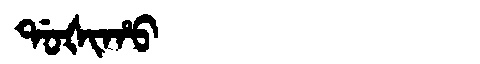
Manchu: ᡩᠣᡧᡳᡥᠣ
Romanization: DOŠIHO